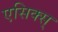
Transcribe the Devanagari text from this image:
एसिक्स्